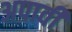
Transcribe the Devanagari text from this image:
अपावी